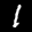
Label: 1